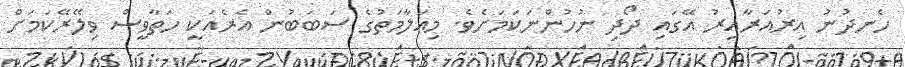
ހެނދުނު އިރުއަރާއިރު އޭގައި ދޯދި ނުހުންނަކަމަށެވެ. މިޢަލާމަތުގެ ސަބަބުން އެރެއަކީ ހަތާވީސް ވިލޭރޭކަމަށް